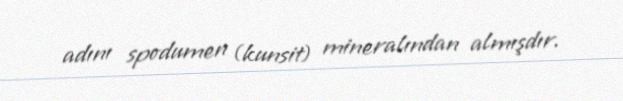
adını spodumen (kunsit) mineralından almışdır.